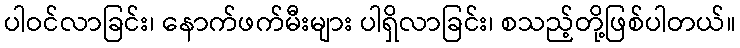
ပါဝင်လာခြင်း၊ နောက်ဖက်မီးများ ပါရှိလာခြင်း၊ စသည့်တို့ဖြစ်ပါတယ်။